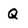
Character: Q